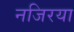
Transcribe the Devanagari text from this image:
नजिरया